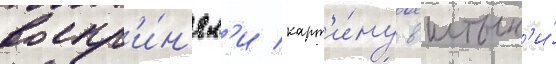
воспр'и́н'ял'и карт'и́ну в штык'и́